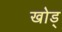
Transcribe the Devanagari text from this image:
खोड्